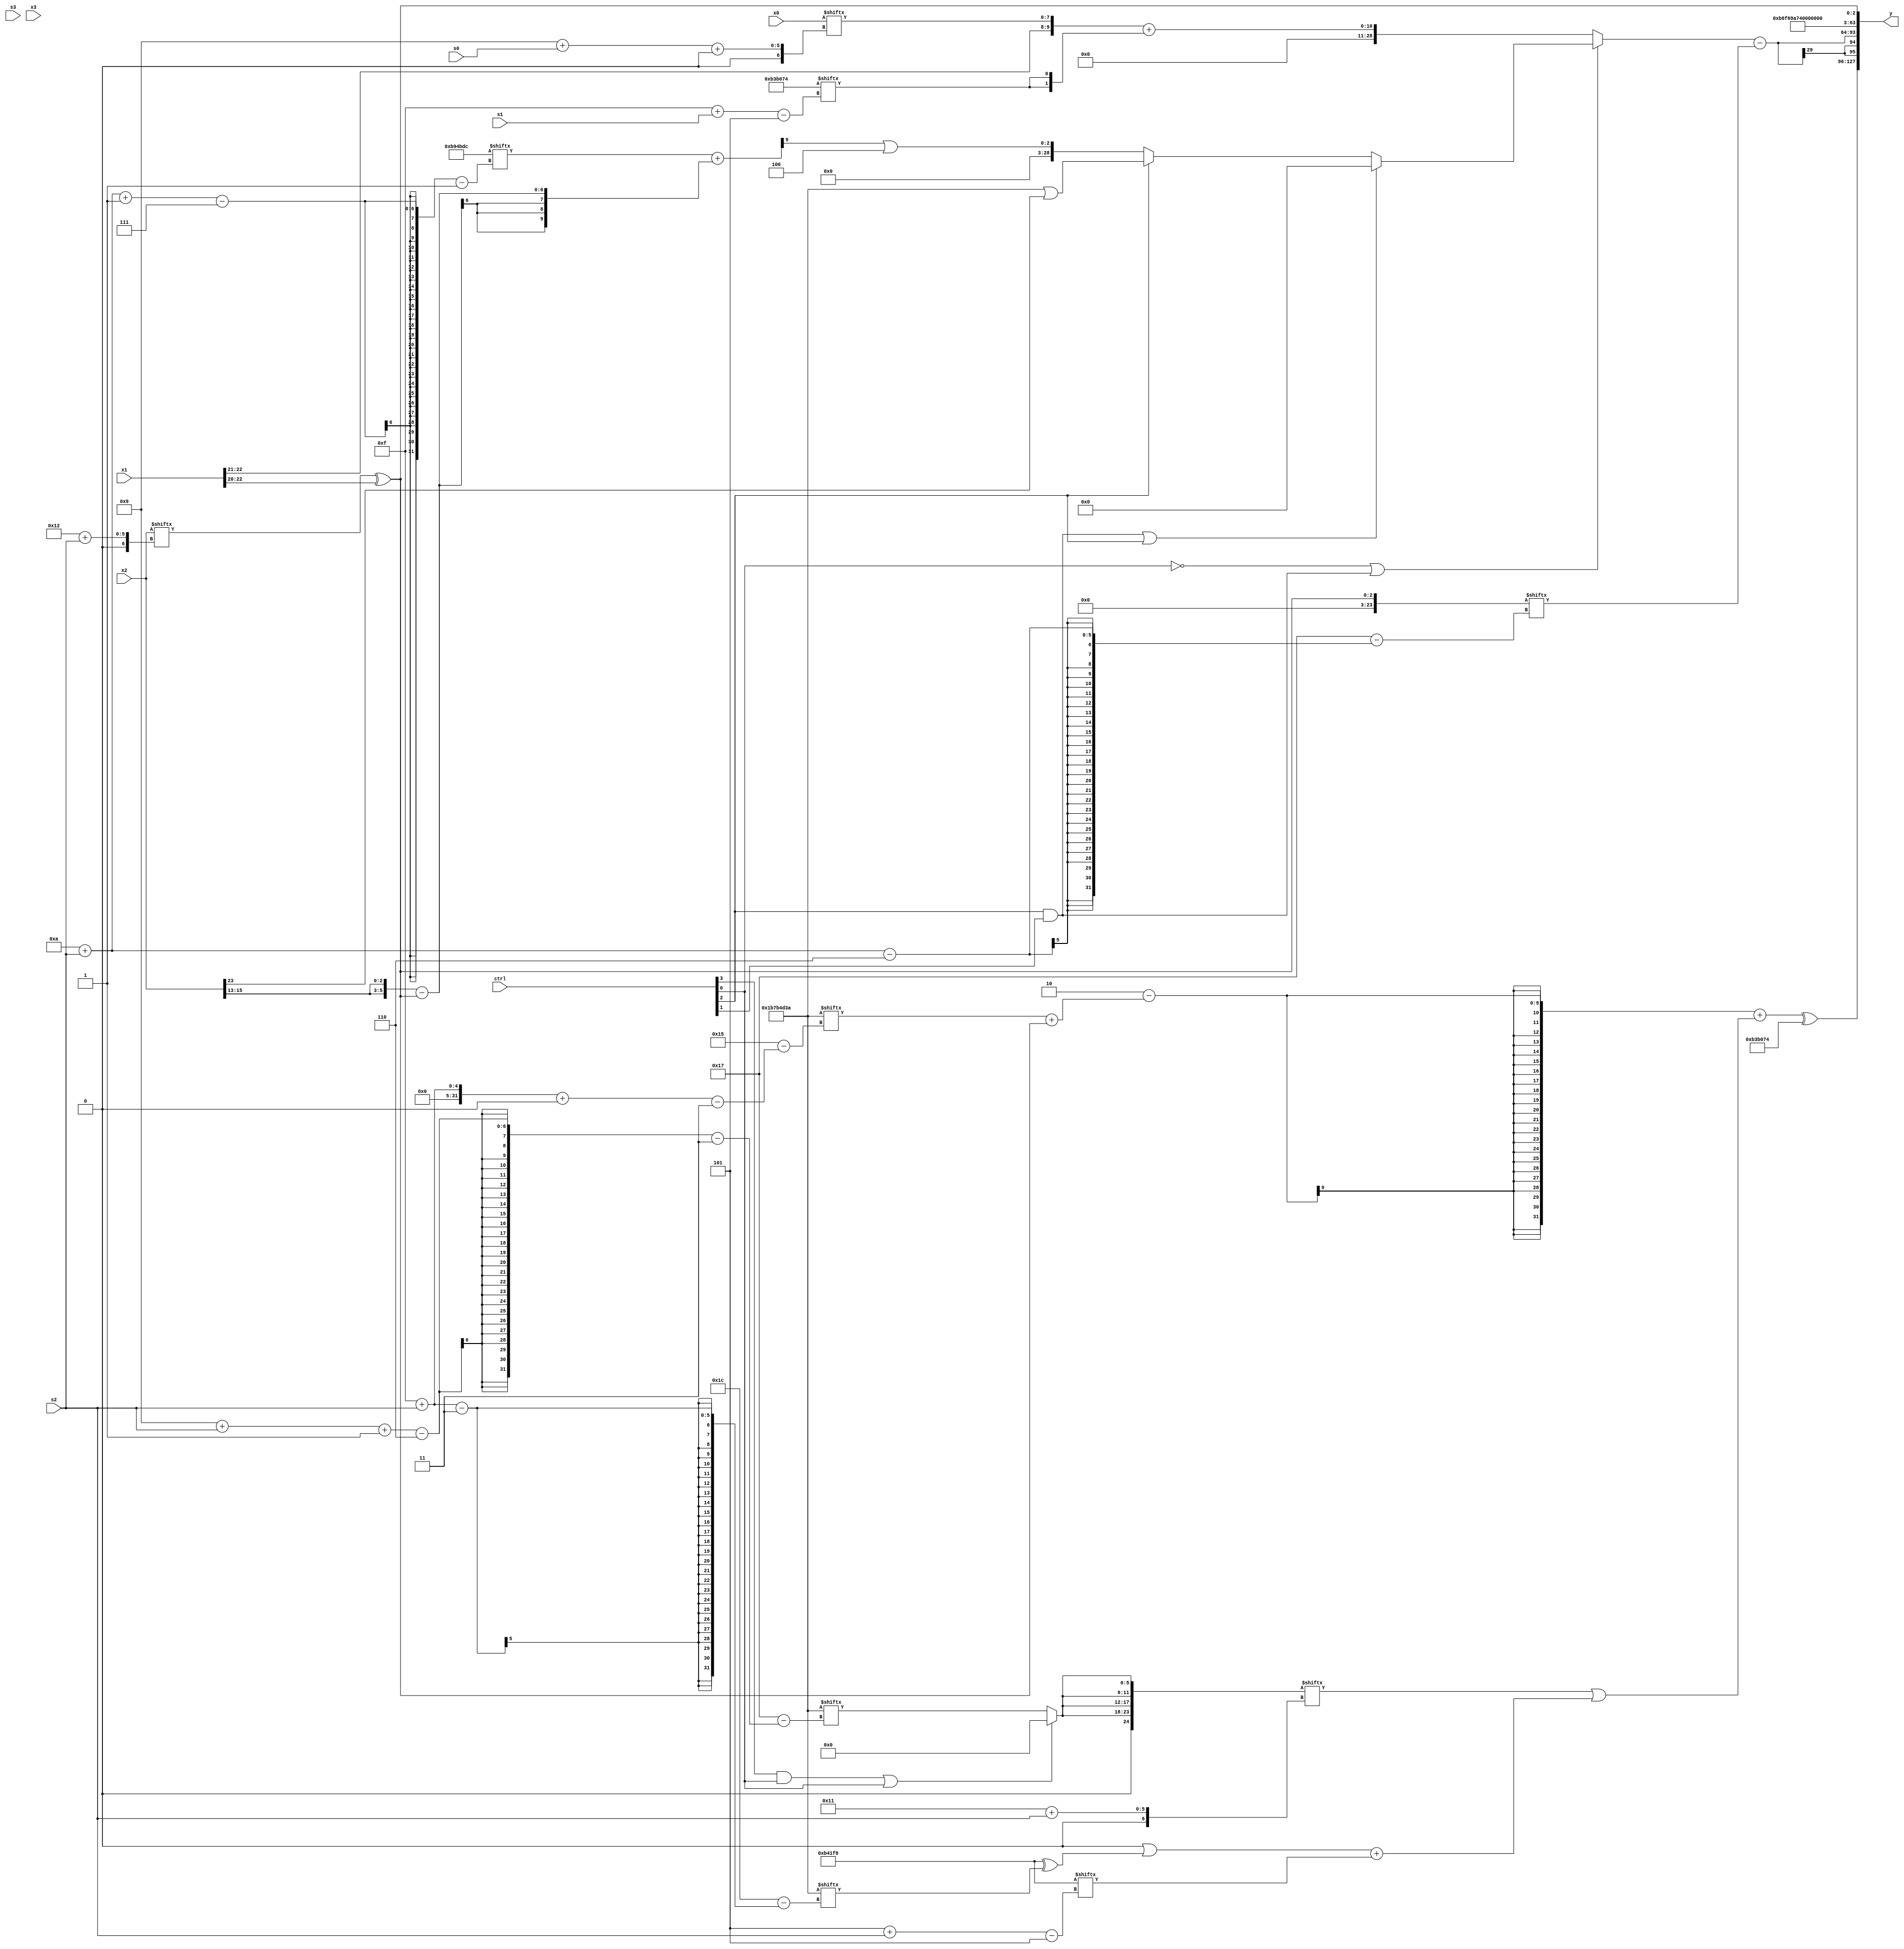
module partsel_00826(ctrl, s0, s1, s2, s3, x0, x1, x2, x3, y);
  input [3:0] ctrl;
  input [2:0] s0;
  input [2:0] s1;
  input [2:0] s2;
  input [2:0] s3;
  input signed [31:0] x0;
  input [31:0] x1;
  input [31:0] x2;
  input [31:0] x3;
  wire [0:28] x4;
  wire signed [0:26] x5;
  wire signed [1:26] x6;
  wire signed [4:27] x7;
  wire [29:2] x8;
  wire signed [3:25] x9;
  wire signed [29:6] x10;
  wire signed [6:29] x11;
  wire signed [24:0] x12;
  wire signed [25:0] x13;
  wire signed [0:30] x14;
  wire signed [28:2] x15;
  output [127:0] y;
  wire signed [31:0] y0;
  wire [31:0] y1;
  wire [31:0] y2;
  wire [31:0] y3;
  assign y = {y0,y1,y2,y3};
  localparam signed [29:5] p0 = 951300212;
  localparam signed [24:5] p1 = 868958712;
  localparam signed [24:1] p2 = 163138524;
  localparam signed [3:31] p3 = 461065530;
  assign x4 = (x2 & x2[6 + s0]);
  assign x5 = {x1[22 -: 2], x0[9 + s0 +: 8]};
  assign x6 = x4[8 + s1 +: 1];
  assign x7 = (x2[18 + s2] ^ x1[22 -: 3]);
  assign x8 = {2{(p2[10 + s2 -: 7] + ({2{x2[13 +: 3]}} - {x5, x7}))}};
  assign x9 = (x6 + {2{p0[16 +: 3]}});
  assign x10 = {p3[13 + s0], p3};
  assign x11 = {2{x7}};
  assign x12 = {2{(ctrl[1] || !ctrl[1] && !ctrl[1] ? {2{(ctrl[3] && ctrl[0] || ctrl[0] ? x7[9 +: 2] : p3[9 + s2 -: 6])}} : x5[23])}};
  assign x13 = {2{x11[17 -: 3]}};
  assign x14 = ((!ctrl[2] || !ctrl[3] || ctrl[3] ? {2{p1[5 + s1]}} : {{(x8 ^ p0[9 + s1 +: 6]), (ctrl[0] || ctrl[3] && ctrl[2] ? (x0 & x13[6 + s0 -: 8]) : x5)}, ({2{p0[25 + s0 -: 8]}} | p1)}) - p2[20 -: 4]);
  assign x15 = x6[17 + s2 +: 8];
  assign y0 = (((p2[11 +: 2] - (p3[15 + s2 +: 8] + (ctrl[0] || !ctrl[0] || !ctrl[0] ? x11 : p3[12 -: 2]))) + (x12[17 + s2] | ((p2[18] | (p1 ^ p3[15 + s2])) + p1[5 + s2]))) ^ p0);
  assign y1 = ((!ctrl[0] || ctrl[2] && ctrl[1] ? (ctrl[2] && ctrl[1] || ctrl[2] ? x11[12 -: 4] : (ctrl[0] && !ctrl[0] || ctrl[2] ? (p3 | x2[23]) : (x8[11] | p2[18 +: 3]))) : (x5 + {2{p0[15 + s1]}})) - x11[10 + s2]);
  assign y2 = {2{p3}};
  assign y3 = x7;
endmodule